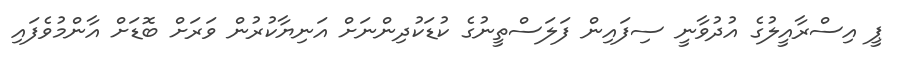
ޕީ އިސްރާއީލުގެ އުދުވާނީ ސިފައިން ފަލަސްތީނުގެ ކުޑަކުދިންނަށް އަނިޔާކުރުން ވަރަށް ބޮޑަށް އާންމުވެފައި